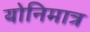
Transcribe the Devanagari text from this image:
योनिमात्र